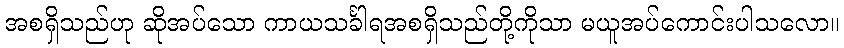
အစရှိသည်ဟု ဆိုအပ်သော ကာယသင်္ခါရအစရှိသည်တို့ကိုသာ မယူအပ်ကောင်းပါသလော။